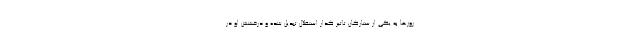
روزها به یکی از ستارگان تاثیر گذار استقلال تبدیل شده و درخشش او در